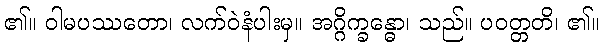
၏။ ဝါမပဿတော၊ လက်ဝဲနံပါးမှ။ အဂ္ဂိက္ခန္ဓော၊ သည်။ ပဝတ္တတိ၊ ၏။